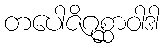
တပေါဇိဂုစ္ဆာဝါဒါ